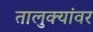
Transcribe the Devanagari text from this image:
तालुक्यांवर